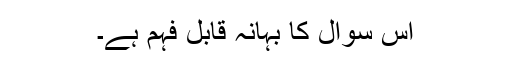
اس سوال کا بہانہ قابل فہم ہے۔